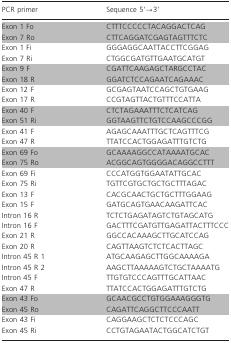
<table><thead><tr><td><b>PCR primer</b></td><td><b>Sequence 5'→3'</b></td></tr></thead><tbody><tr><td>Exon 1 Fo</td><td>CTTTCCCCCTACAGGACTCAG</td></tr><tr><td>Exon 7 Ro</td><td>CTTCAGGATCGAGTAGTTTCTC</td></tr><tr><td>Exon 1 Fi</td><td>GGGAGGCAATTACCTTCGGAG</td></tr><tr><td>Exon 7 Ri</td><td>CTGGCGATGTTGAATGCATGT</td></tr><tr><td>Exon 9 F</td><td>CGATTCAAGAGCTARGCCTAC</td></tr><tr><td>Exon 18 R</td><td>GGATCTCCAGAATCAGAAAC</td></tr><tr><td>Exon 12 F</td><td>GCGAGTAATCCAGCTGTGAAG</td></tr><tr><td>Exon 17 R</td><td>CCGTAGTTACTGTTTCCATTA</td></tr><tr><td>Exon 40 F</td><td>CTCTAGAAATTTCTCATCAG</td></tr><tr><td>Exon 51 Ri</td><td>GGTAAGTTCTGTCCAAGCCCGG</td></tr><tr><td>Exon 41 F</td><td>AGAGCAAATTTGCTCAGTTTCG</td></tr><tr><td>Exon 47 R</td><td>TTATCCACTGGAGATTTGTCTG</td></tr><tr><td>Exon 69 Fo</td><td>GCAAAAGGCCATAAAATGCAC</td></tr><tr><td>Exon 75 Ro</td><td>ACGGCAGTGGGGACAGGCCTTT</td></tr><tr><td>Exon 69 Fi</td><td>CCCATGGTGGAATATTGCAC</td></tr><tr><td>Exon 75 Ri</td><td>TGTTCGTGCTGCTGCTTTAGAC</td></tr><tr><td>Exon 13 F</td><td>CACGCAACTGCTGCTTTGGAAG</td></tr><tr><td>Exon 15 F</td><td>GATGCAGTGAACAAGATTCAC</td></tr><tr><td>Intron 16 R</td><td>TCTCTGAGATAGTCTGTAGCATG</td></tr><tr><td>Intron 16 F</td><td>GACTTTCGATGTTGAGATTACTTTCCC</td></tr><tr><td>Exon 21 R</td><td>GGCCACAAAGCTTGCATCCAG</td></tr><tr><td>Exon 20 R</td><td>CAGTTAAGTCTCTCACTTAGC</td></tr><tr><td>Intron 45 R 1</td><td>ATGCAAGAGCTTGGCAAAAGA</td></tr><tr><td>Intron 45 R 2</td><td>AAGCTTAAAAAGTCTGCTAAAATG</td></tr><tr><td>Intron 45 F</td><td>TTGTGTCCCAGTTTGCATTAAC</td></tr><tr><td>Exon 47 R</td><td>TTATCCACTGGAGATTTGTCTG</td></tr><tr><td>Exon 43 Fo</td><td>GCAACGCCTGTGGAAAGGGTG</td></tr><tr><td>Exon 45 Ro</td><td>CAGATTCAGGCTTCCCAATT</td></tr><tr><td>Exon 43 Fi</td><td>CAGGAAGCTCTCTCCCAGC</td></tr><tr><td>Exon 45 Ri</td><td>CCTGTAGAATACTGGCATCTGT</td></tr></tbody></table>